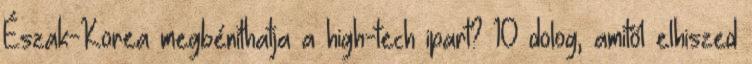
Észak-Korea megbéníthatja a high-tech ipart? 10 dolog, amitől elhiszed